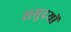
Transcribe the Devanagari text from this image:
समुदयों